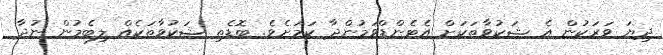
ދިޔަ ވަރަކުން އެ ޝަކުވާތަކަށް އެޓެންޑްވަމުންދާ ކަމަށެވެ. ބޮޑެތި ޝަކުވާތަކެއް ލިބެމުން ނުދާ